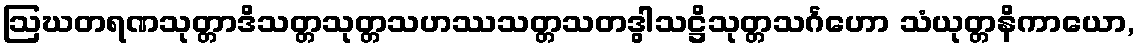
ဩဃတရဏသုတ္တာဒိသတ္တသုတ္တသဟဿသတ္တသတဒွါသဋ္ဌိသုတ္တသင်္ဂဟော သံယုတ္တနိကာယော,